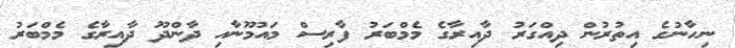
ނިހާނުގެ އިތުރުން ދިއްގަރު ދާއިރާގެ މެމްބަރު ފާރިސް މައުމޫނާއި ދާންދޫ ދާއިރާގެ މެމްބަރު